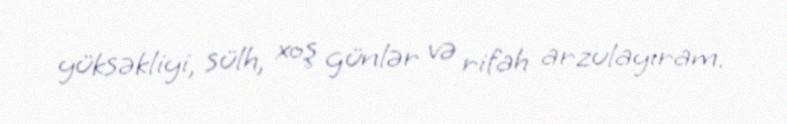
yüksəkliyi, sülh, xoş günlər və rifah arzulayıram.